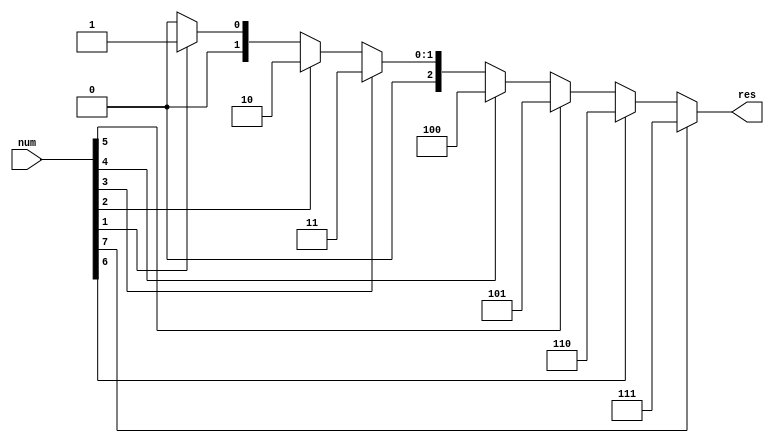
`timescale 1ns/1ps

module decoder3_8 (
	input [7:0]num,
	output [2:0]res
);

assign res = (num[7] == 1) ? 7 :
	     (num[6] == 1) ? 6 :
	     (num[5] == 1) ? 5 :
	     (num[4] == 1) ? 4 :
	     (num[3] == 1) ? 3 :
	     (num[2] == 1) ? 2 :
	     (num[1] == 1) ? 1 : 0;
endmodule

module top();
	reg [7:0]a;
	wire [2:0]b;
decoder3_8 dec(
	.num	(a),
	.res	(b)
);

initial begin
	a = 32;
	#5;
	$display("number=%d", a);
	$display("result=%d", b);
	#300;
	a = 7;
	#5;
	$display("number=%d", a);
	$display("result=%d", b);
	$stop;
end
endmodule